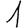
Digit: 1